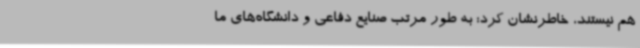
هم نیستند، خاطرنشان کرد: به طور مرتب صنایع دفاعی و دانشگاه‌های ما